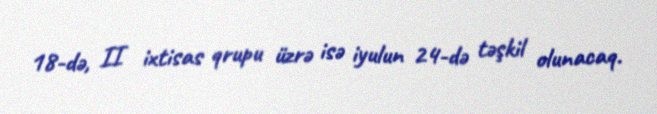
18-də, II ixtisas qrupu üzrə isə iyulun 24-də təşkil olunacaq.